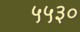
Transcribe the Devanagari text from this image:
५५३०